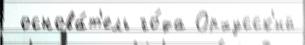
 основа́т'ель го́да Орхусск'ий